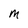
Character: M